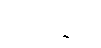
တင်ခြင်း